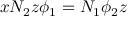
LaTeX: x N _ { 2 } z \phi _ { 1 } = N _ { 1 } \phi _ { 2 } z